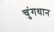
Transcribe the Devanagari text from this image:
चुंगथान